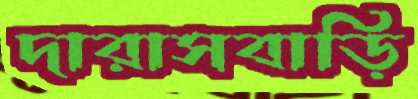
দারাসবাড়ি